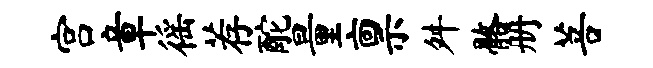
宫章徭荐酡量禀舛髂册菩